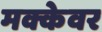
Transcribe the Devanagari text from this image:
मक्केवर